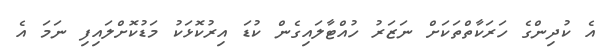
އެ ކުދިންގެ ހަރަކާތްތަކަށް ނަޒަރު ހުއްޓާލައިގެން ކުޑަ އިރުކޮޅަކު މަޑުކޮށްލައިފި ނަމަ އެ